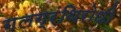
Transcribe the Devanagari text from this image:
गलग्रंथिरोधी